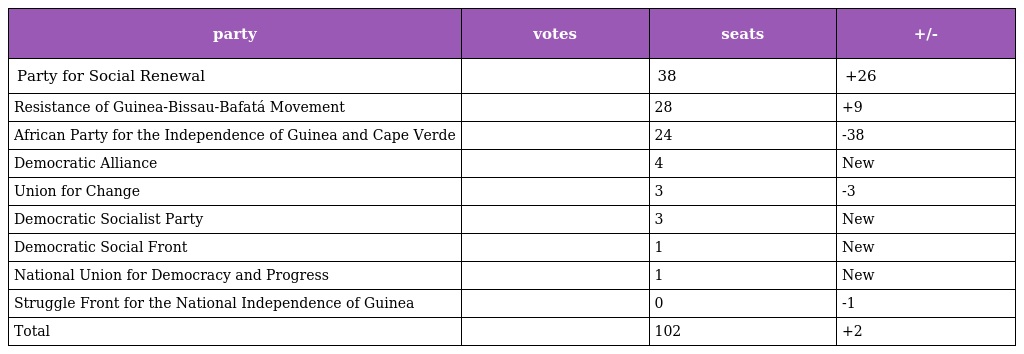
| party | votes | seats | +/- |
 | --- | --- | --- | --- |
 | Party for Social Renewal |  | 38 | +26 |
 | Resistance of Guinea-Bissau-Bafatá Movement |  | 28 | +9 |
 | African Party for the Independence of Guinea and Cape Verde |  | 24 | -38 |
 | Democratic Alliance |  | 4 | New |
 | Union for Change |  | 3 | -3 |
 | Democratic Socialist Party |  | 3 | New |
 | Democratic Social Front |  | 1 | New |
 | National Union for Democracy and Progress |  | 1 | New |
 | Struggle Front for the National Independence of Guinea |  | 0 | -1 |
 | Total |  | 102 | +2 |